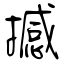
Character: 撼